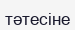
тәтесіне